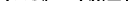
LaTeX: \smash{\{ \mathbf{R}_{4}^{(m)}\} _{m=1}^{M}}